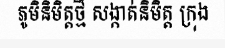
ភូមិនិមិត្តថ្មី សង្កាត់និមិត្ត ក្រុង